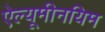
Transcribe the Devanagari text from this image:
ऐल्यूमीनयिम